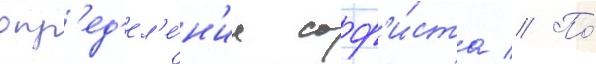
опр'ед'ел'е́н'ие соф'и́ста // По́